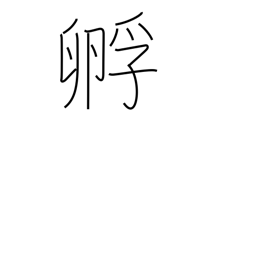
Meaning: hatch